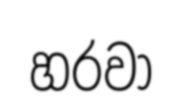
හරවා